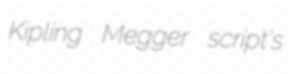
Kipling Megger script's